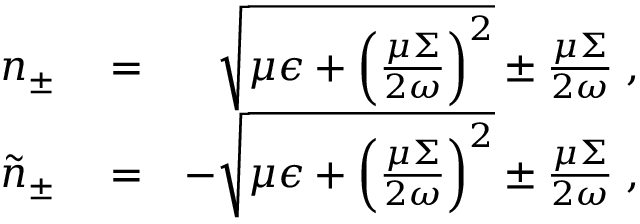
\begin{array} { r l r } { n _ { \pm } } & { { } = } & { \sqrt { \mu \epsilon + \left( \frac { \mu \Sigma } { 2 \omega } \right) ^ { 2 } } \pm \frac { \mu \Sigma } { 2 \omega } \; , } \\ { \tilde { n } _ { \pm } } & { { } = } & { - \sqrt { \mu \epsilon + \left( \frac { \mu \Sigma } { 2 \omega } \right) ^ { 2 } } \pm \frac { \mu \Sigma } { 2 \omega } \; , } \end{array}